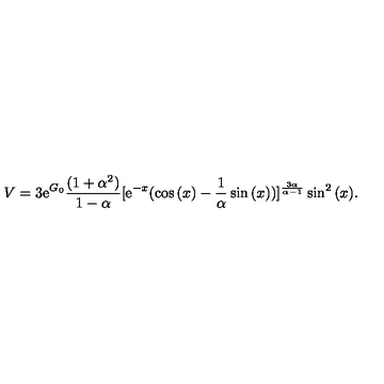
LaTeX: V = 3 \mathrm { e } ^ { G _ { 0 } } \frac { ( 1 + \alpha ^ { 2 } ) } { 1 - \alpha } [ \mathrm { e } ^ { - x } ( \cos { ( x ) } - \frac { 1 } { \alpha } \sin { ( x ) } ) ] ^ { \frac { 3 \alpha } { \alpha - 1 } } \sin ^ { 2 } { ( x ) } .